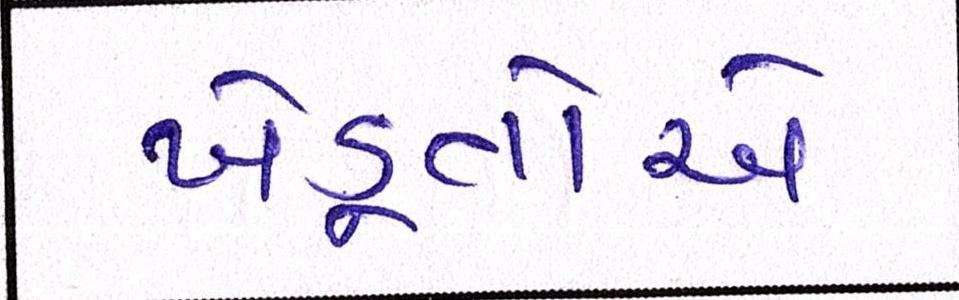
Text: ખેડૂતોએ